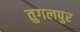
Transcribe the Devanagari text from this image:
तुगलपुर